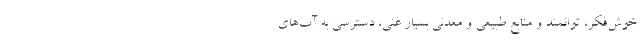
خوش‌فکر، توانمند و منابع طبیعی و معدنی بسیار غنی، دسترسی به آب‌های